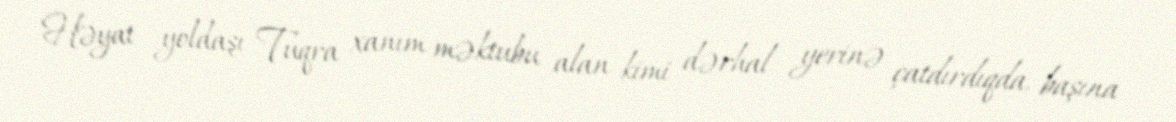
Həyat yoldaşı Tuqra xanım məktubu alan kimi dərhal yerinə çatdırdıqda, başına